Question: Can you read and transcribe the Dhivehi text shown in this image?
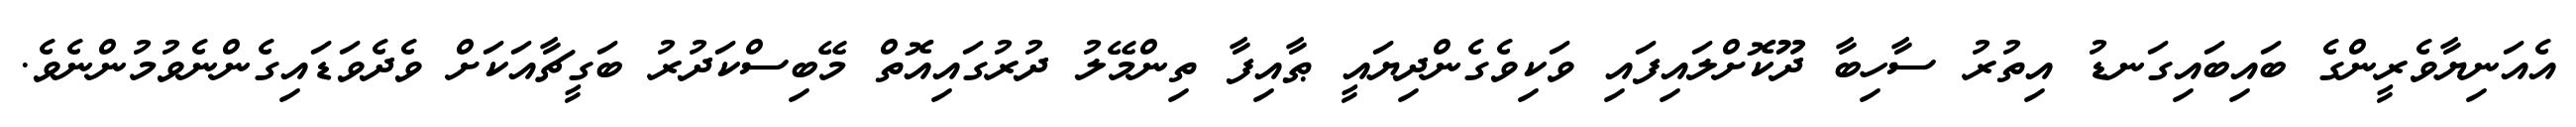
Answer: އެއަނިޔާވެރީންގެ ބައިބައިގަނޑު އިތުރު ސާހިބާ ދޫކޮށްލައިފައި ވަކިވެގެންދިޔައީ ޠާއިފާ ތިންމޭލު ދުރުގައިއޮތް މޭބިސްކަދުރު ބަގީޗާއަކަށް ވެދެވަޑައިގެންނެވުމުންނެވެ.